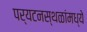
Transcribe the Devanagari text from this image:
पर्यटनस्थळांमध्ये